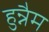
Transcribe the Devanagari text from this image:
हुन्नैम